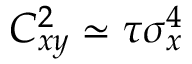
C _ { x y } ^ { 2 } \simeq \tau \sigma _ { x } ^ { 4 }